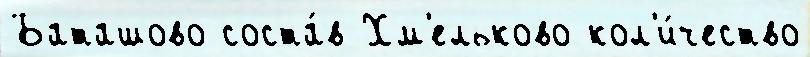
Баташово соста́в Хм'ельково кол'и́чество